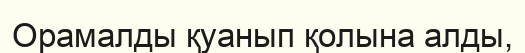
Орамалды қуанып қолына алды,